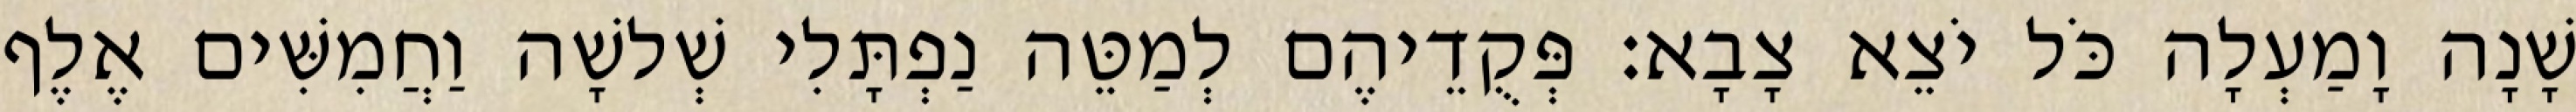
שָׁנָה וָמַעְלָה כֹּל יֹצֵא צָבָא׃ פְּקֻדֵיהֶם לְמַטֵּה נַפְתָּלִי שְׁלשָׁה וַחֲמִשִּׁים אֶלֶף